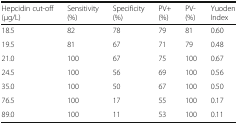
<table><thead><tr><td><b>Hepcidin cut-off (μg/L)</b></td><td><b>Sensitivity (%)</b></td><td><b>Specificity (%)</b></td><td><b>PV+ (%)</b></td><td><b>PV- (%)</b></td><td><b>Yuoden Index</b></td></tr></thead><tbody><tr><td>18.5</td><td>82</td><td>78</td><td>79</td><td>81</td><td>0.60</td></tr><tr><td>19.5</td><td>81</td><td>67</td><td>71</td><td>79</td><td>0.48</td></tr><tr><td>21.0</td><td>100</td><td>67</td><td>75</td><td>100</td><td>0.67</td></tr><tr><td>24.5</td><td>100</td><td>56</td><td>69</td><td>100</td><td>0.56</td></tr><tr><td>35.0</td><td>100</td><td>50</td><td>67</td><td>100</td><td>0.50</td></tr><tr><td>76.5</td><td>100</td><td>17</td><td>55</td><td>100</td><td>0.17</td></tr><tr><td>89.0</td><td>100</td><td>11</td><td>53</td><td>100</td><td>0.11</td></tr></tbody></table>